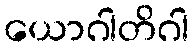
ယောဂါတိဂါ